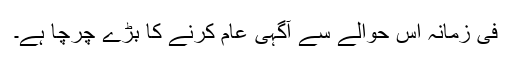
فی زمانہ اس حوالے سے آگہی عام کرنے کا بڑے چرچا ہے۔